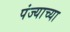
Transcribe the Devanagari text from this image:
पंज्याच्या